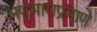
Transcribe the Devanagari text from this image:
अणुभाराप्रमाणे